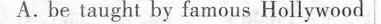
A. be taught by famous Hollywood